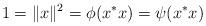
LaTeX: \begin{align*}1=\|x\|^2=\phi(x^*x)=\psi(x^*x)\end{align*}